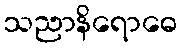
သညာနိရောဓေ